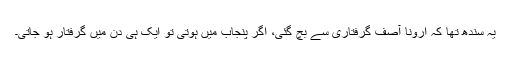
یہ سندھ تھا کہ ارونا آصف گرفتاری سے بچ گئی، اگر پنجاب میں ہوتی تو ایک ہی دن میں گرفتار ہو جاتی۔